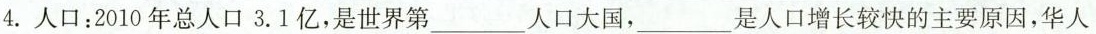
4.人口：2010年总人口3.1亿，是世界第人口大国，___是人口增长较快的主要原因，华人